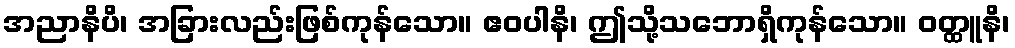
အညာနိပိ၊ အခြားလည်းဖြစ်ကုန်သော။ ဧဝပါနိ၊ ဤသို့သဘောရှိကုန်သော။ ဝတ္ထူနိ၊